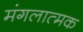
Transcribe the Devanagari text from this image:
मंगलात्मक